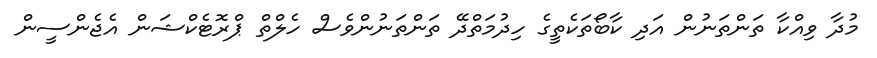
މުދާ ވިއްކާ ތަންތަނުން އަދި ކާބޯތަކެތީގެ ހިދުމަތްދޭ ތަންތަނުންވެސް ހެލްތް ޕްރޮޓެކްޝަން އެޖެންސީން